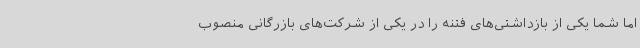
اما شما یکی از بازداشتی‌های فتنه را در یکی از شرکت‌های بازرگانی منصوب